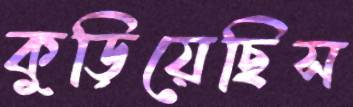
কুড়িয়েছিস